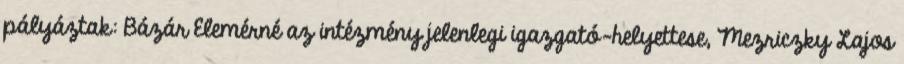
pályáztak: Bázár Elemérné az intézmény jelenlegi igazgató-helyettese, Mezriczky Lajos